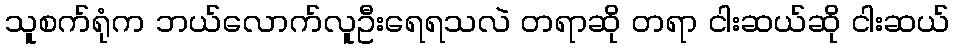
သူစက်ရုံက ဘယ်လောက်လူဦးရေရသလဲ တရာဆို တရာ ငါးဆယ်ဆို ငါးဆယ်